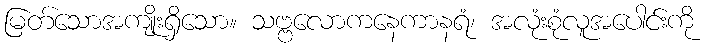
မြတ်သောအကျိုးရှိသော။ သဗ္ဗလောကနေကာနရံ၊ အလုံးစုံလူအပေါင်းကို